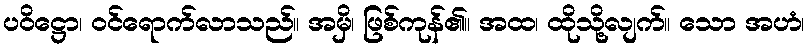
ပဝိဋ္ဌော၊ ဝင်ရောက်လာသည်။ အမှိ၊ ဖြစ်ကုန်၏။ အထ၊ ထိုသို့လျက်။ သော အဟံ၊